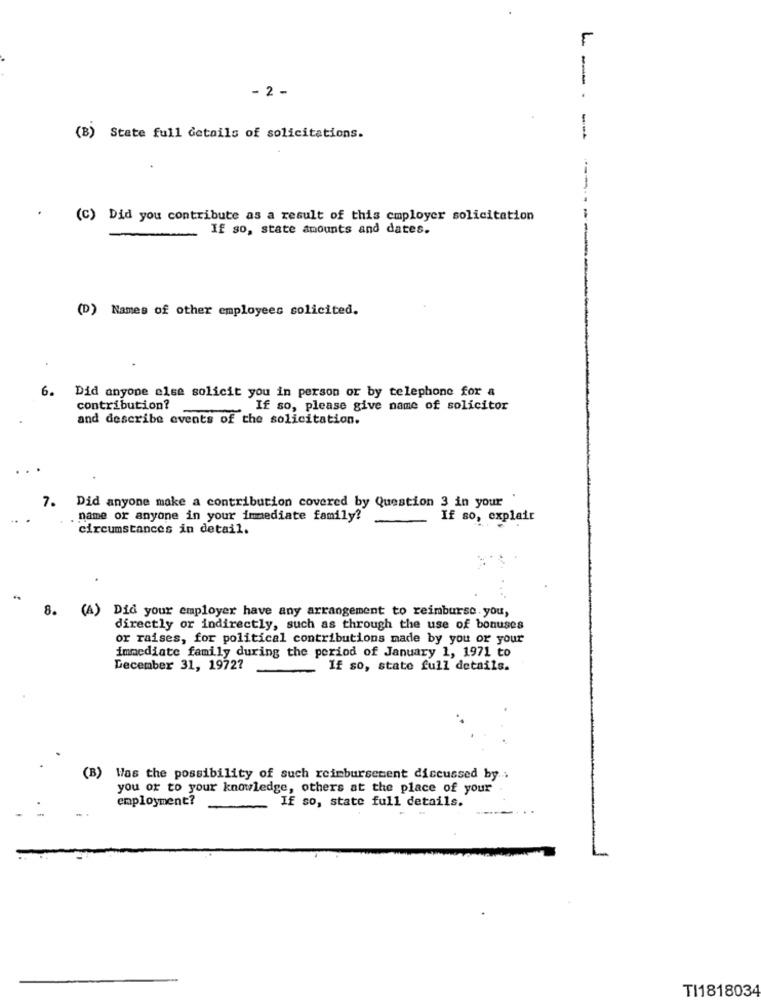
r
-
- 2 -
-
(B) State full details of solicitations.
(C) Did you contribute as a result of this employer solicitation
If so, state amounts and dates.
(D) Names of other employees solicited.
6. Did anyone else solicit you in person or by telephone for a
contribution?
If so, please give name of solicitor
and describe events of the solicitation.
7. Did anyone make a contribution covered by Question 3 in your
name or anyone in your immediate family!
If so, explair
circumstances in detail.
..
8.
(A) Did your employer have any arrangement to reimburse. you,
directly or indirectly, such as through the use of bonuses
or raises, for political contributions made by you or your
immediate family during the period of January 1, 1971 to
December 31, 19727
If so, state full details.
(B) Was the possibility of such reimbursement discussed by ..
you or to your knowledge, others at the place of your
employment?
If so, state full details.
TI1818034